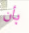
بأن